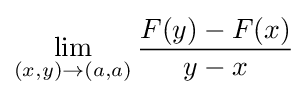
\lim _{(x,y)\to (a,a)}{\frac {F(y)-F(x)}{y-x}}